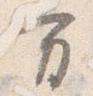
方